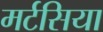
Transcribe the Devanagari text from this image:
मर्टसिया